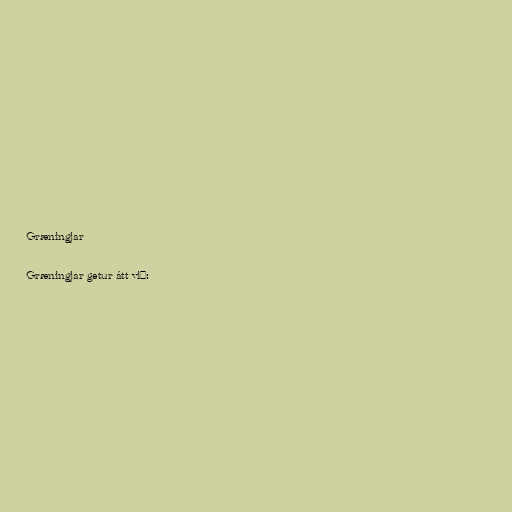
Græningjar

Græningjar getur átt við: